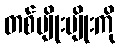
တစ်မျိုးမျိုးကို